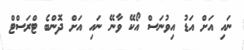
ނައި އަށް އަޑު އިވުނަސް އޯކޭ ވާނޭ ނައި އަށް ދޮންބެ ޓްރަސްޓް